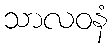
သာလဝနံ